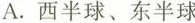
A.西半球、东半球